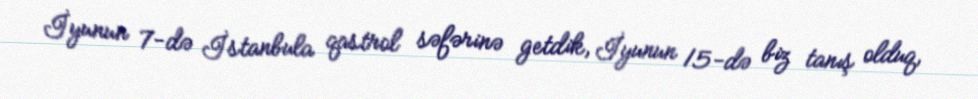
İyunun 7-də İstanbula qastrol səfərinə getdik, İyunun 15-də biz tanış olduq,